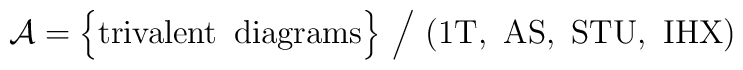
{\cal A} = \Big\{ {\rm trivalent\,\,\, diagrams} \Big\} \,\, \Big/\,\, {\rm (1T,\,\, AS,\,\, STU,\,\, IHX)}